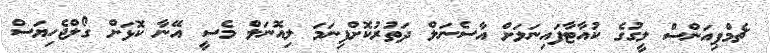
ޗެމްޕިއަންސް ލީގުގެ ކުއާޓާފައިނަލަށް އާސެނަލް ދަތުރުކޮށްފިނަމަ ލިއޮނަލް މެސީ އޭނާ ކޮޅަށް ގޯލްޖެހިޔަސް